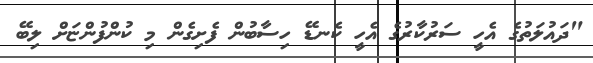
"ދައުލަތުގެ އެހީ ސަރުކާރުގެ އެހީ ކެނޑޭ ހިސާބުން ފެށިގެން މި ކުންފުންޏަށް ލިބޭ